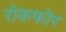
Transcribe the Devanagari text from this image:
रोकफोर